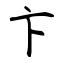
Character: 卞